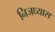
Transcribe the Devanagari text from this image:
निजध्यास